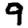
Digit: 9